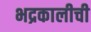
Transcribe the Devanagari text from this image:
भद्रकालीची